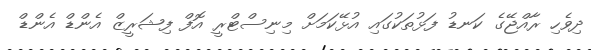
ދިވެހި ރާއްޖޭގެ ކަނޑު ފަޅުތަކުގައި އުޅޭކަމަށް މިނިސްޓްރީ އޮފް ފިޝަރީޒް އެންޑް އެންޑް